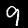
Digit: 9